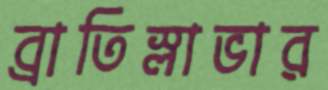
ব্রাতিস্লাভার